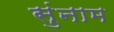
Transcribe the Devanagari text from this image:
सुंनाम